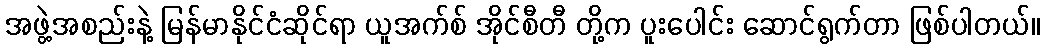
အဖွဲ့အစည်းနဲ့ မြန်မာနိုင်ငံဆိုင်ရာ ယူအက်စ် အိုင်စီတီ တို့က ပူးပေါင်း ဆောင်ရွက်တာ ဖြစ်ပါတယ်။